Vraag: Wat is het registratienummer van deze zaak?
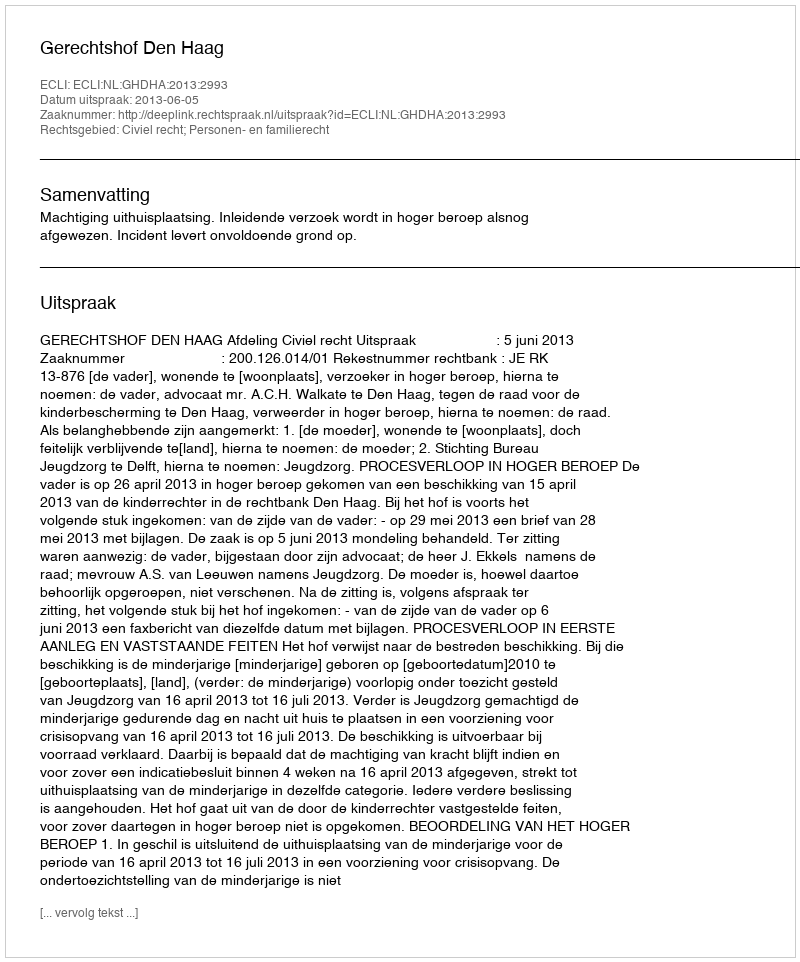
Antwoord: http://deeplink.rechtspraak.nl/uitspraak?id=ECLI:NL:GHDHA:2013:2993